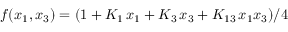
f ( x _ { 1 } , x _ { 3 } ) = ( 1 + K _ { 1 } \, x _ { 1 } + K _ { 3 } \, x _ { 3 } + K _ { 1 3 } \, x _ { 1 } x _ { 3 } ) / 4